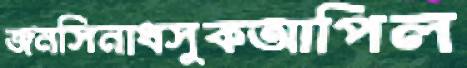
জনসিনাধসুকআপিল